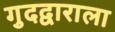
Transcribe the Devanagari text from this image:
गुदद्वाराला